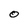
Character: O